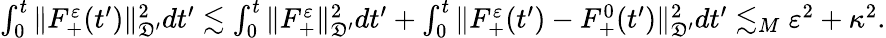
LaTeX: \begin{array}{r}{\int_{0}^{t}\| F_{+}^{\varepsilon}(t^{\prime})\| _{\mathfrak D^{\prime}}^{2}dt^{\prime}\lesssim\int_{0}^{t}\| F_{+}^{\varepsilon}\| _{\mathfrak D^{\prime}}^{2}dt^{\prime}+\int_{0}^{t}\| F_{+}^{\varepsilon}(t^{\prime})-F_{+}^{0}(t^{\prime})\| _{\mathfrak D^{\prime}}^{2}dt^{\prime}\lesssim_{M}\varepsilon^{2}+\kappa^{2}.}\end{array}